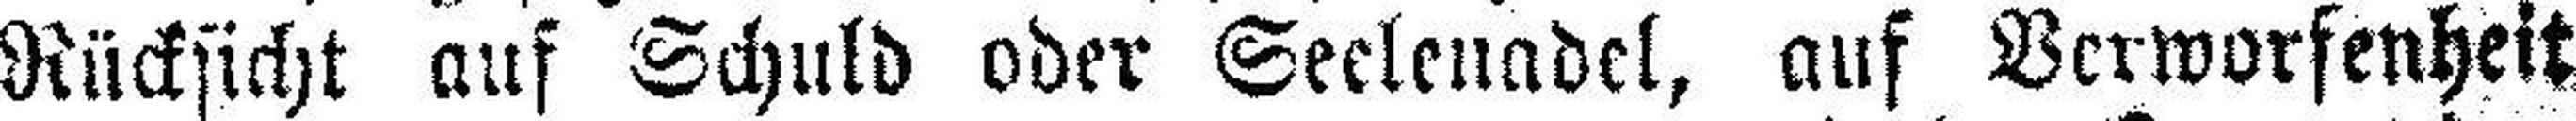
Rücksicht auf Schuld oder Seelenadel, auf Verworfenheit